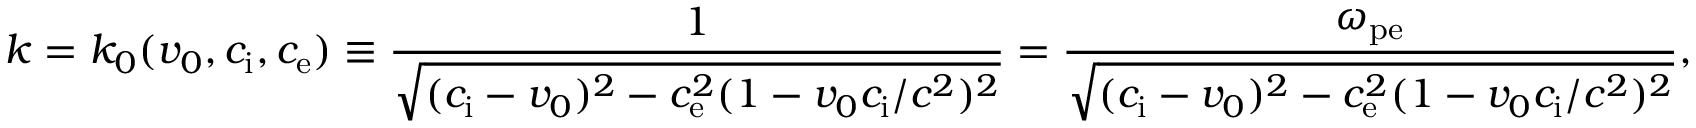
k = k _ { 0 } ( v _ { 0 } , c _ { \mathrm { i } } , c _ { \mathrm { e } } ) \equiv \frac { 1 } { \sqrt { ( c _ { \mathrm { i } } - v _ { 0 } ) ^ { 2 } - c _ { \mathrm { e } } ^ { 2 } ( 1 - v _ { 0 } c _ { \mathrm { i } } / c ^ { 2 } ) ^ { 2 } } } = \frac { \omega _ { \mathrm { p e } } } { \sqrt { ( c _ { \mathrm { i } } - v _ { 0 } ) ^ { 2 } - c _ { \mathrm { e } } ^ { 2 } ( 1 - v _ { 0 } c _ { \mathrm { i } } / c ^ { 2 } ) ^ { 2 } } } ,